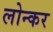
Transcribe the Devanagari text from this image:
लोन्कर